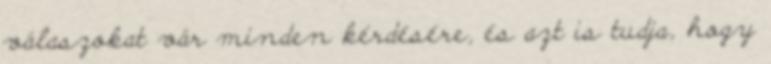
válaszokat vár minden kérdésére, és azt is tudja, hogy